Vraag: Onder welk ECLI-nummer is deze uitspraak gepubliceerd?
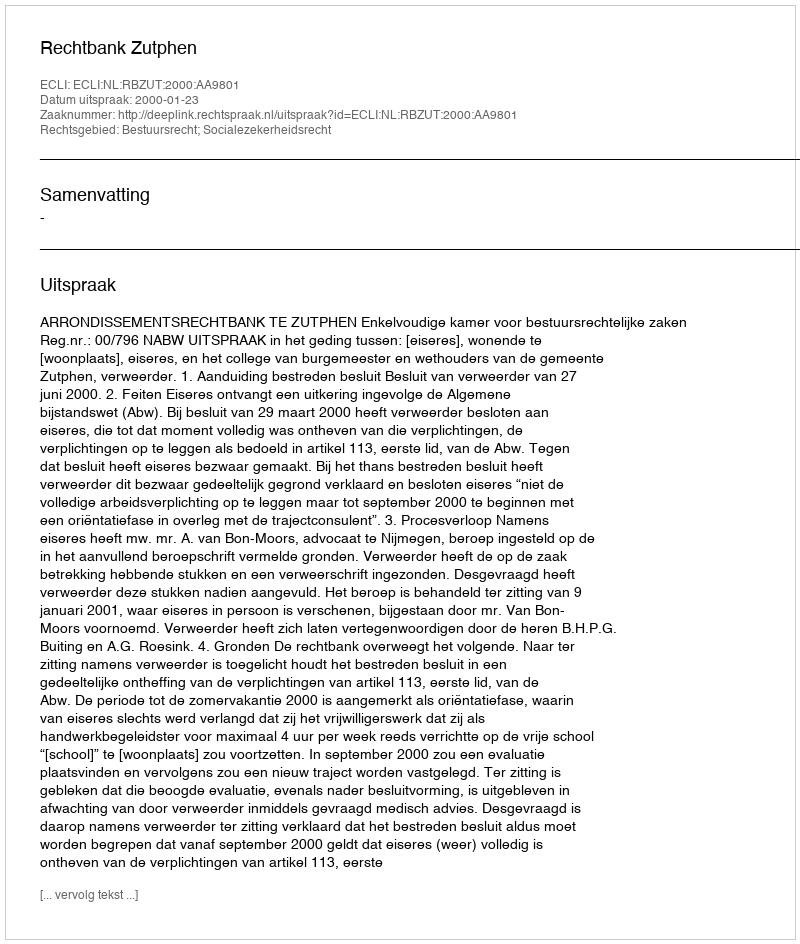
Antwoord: ECLI:NL:RBZUT:2000:AA9801